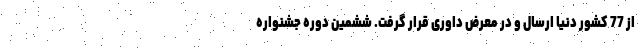
از 77 کشور دنیا ارسال و در معرض داوری قرار گرفت. ششمین دوره جشنواره